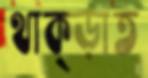
থাক্‌ড়াত